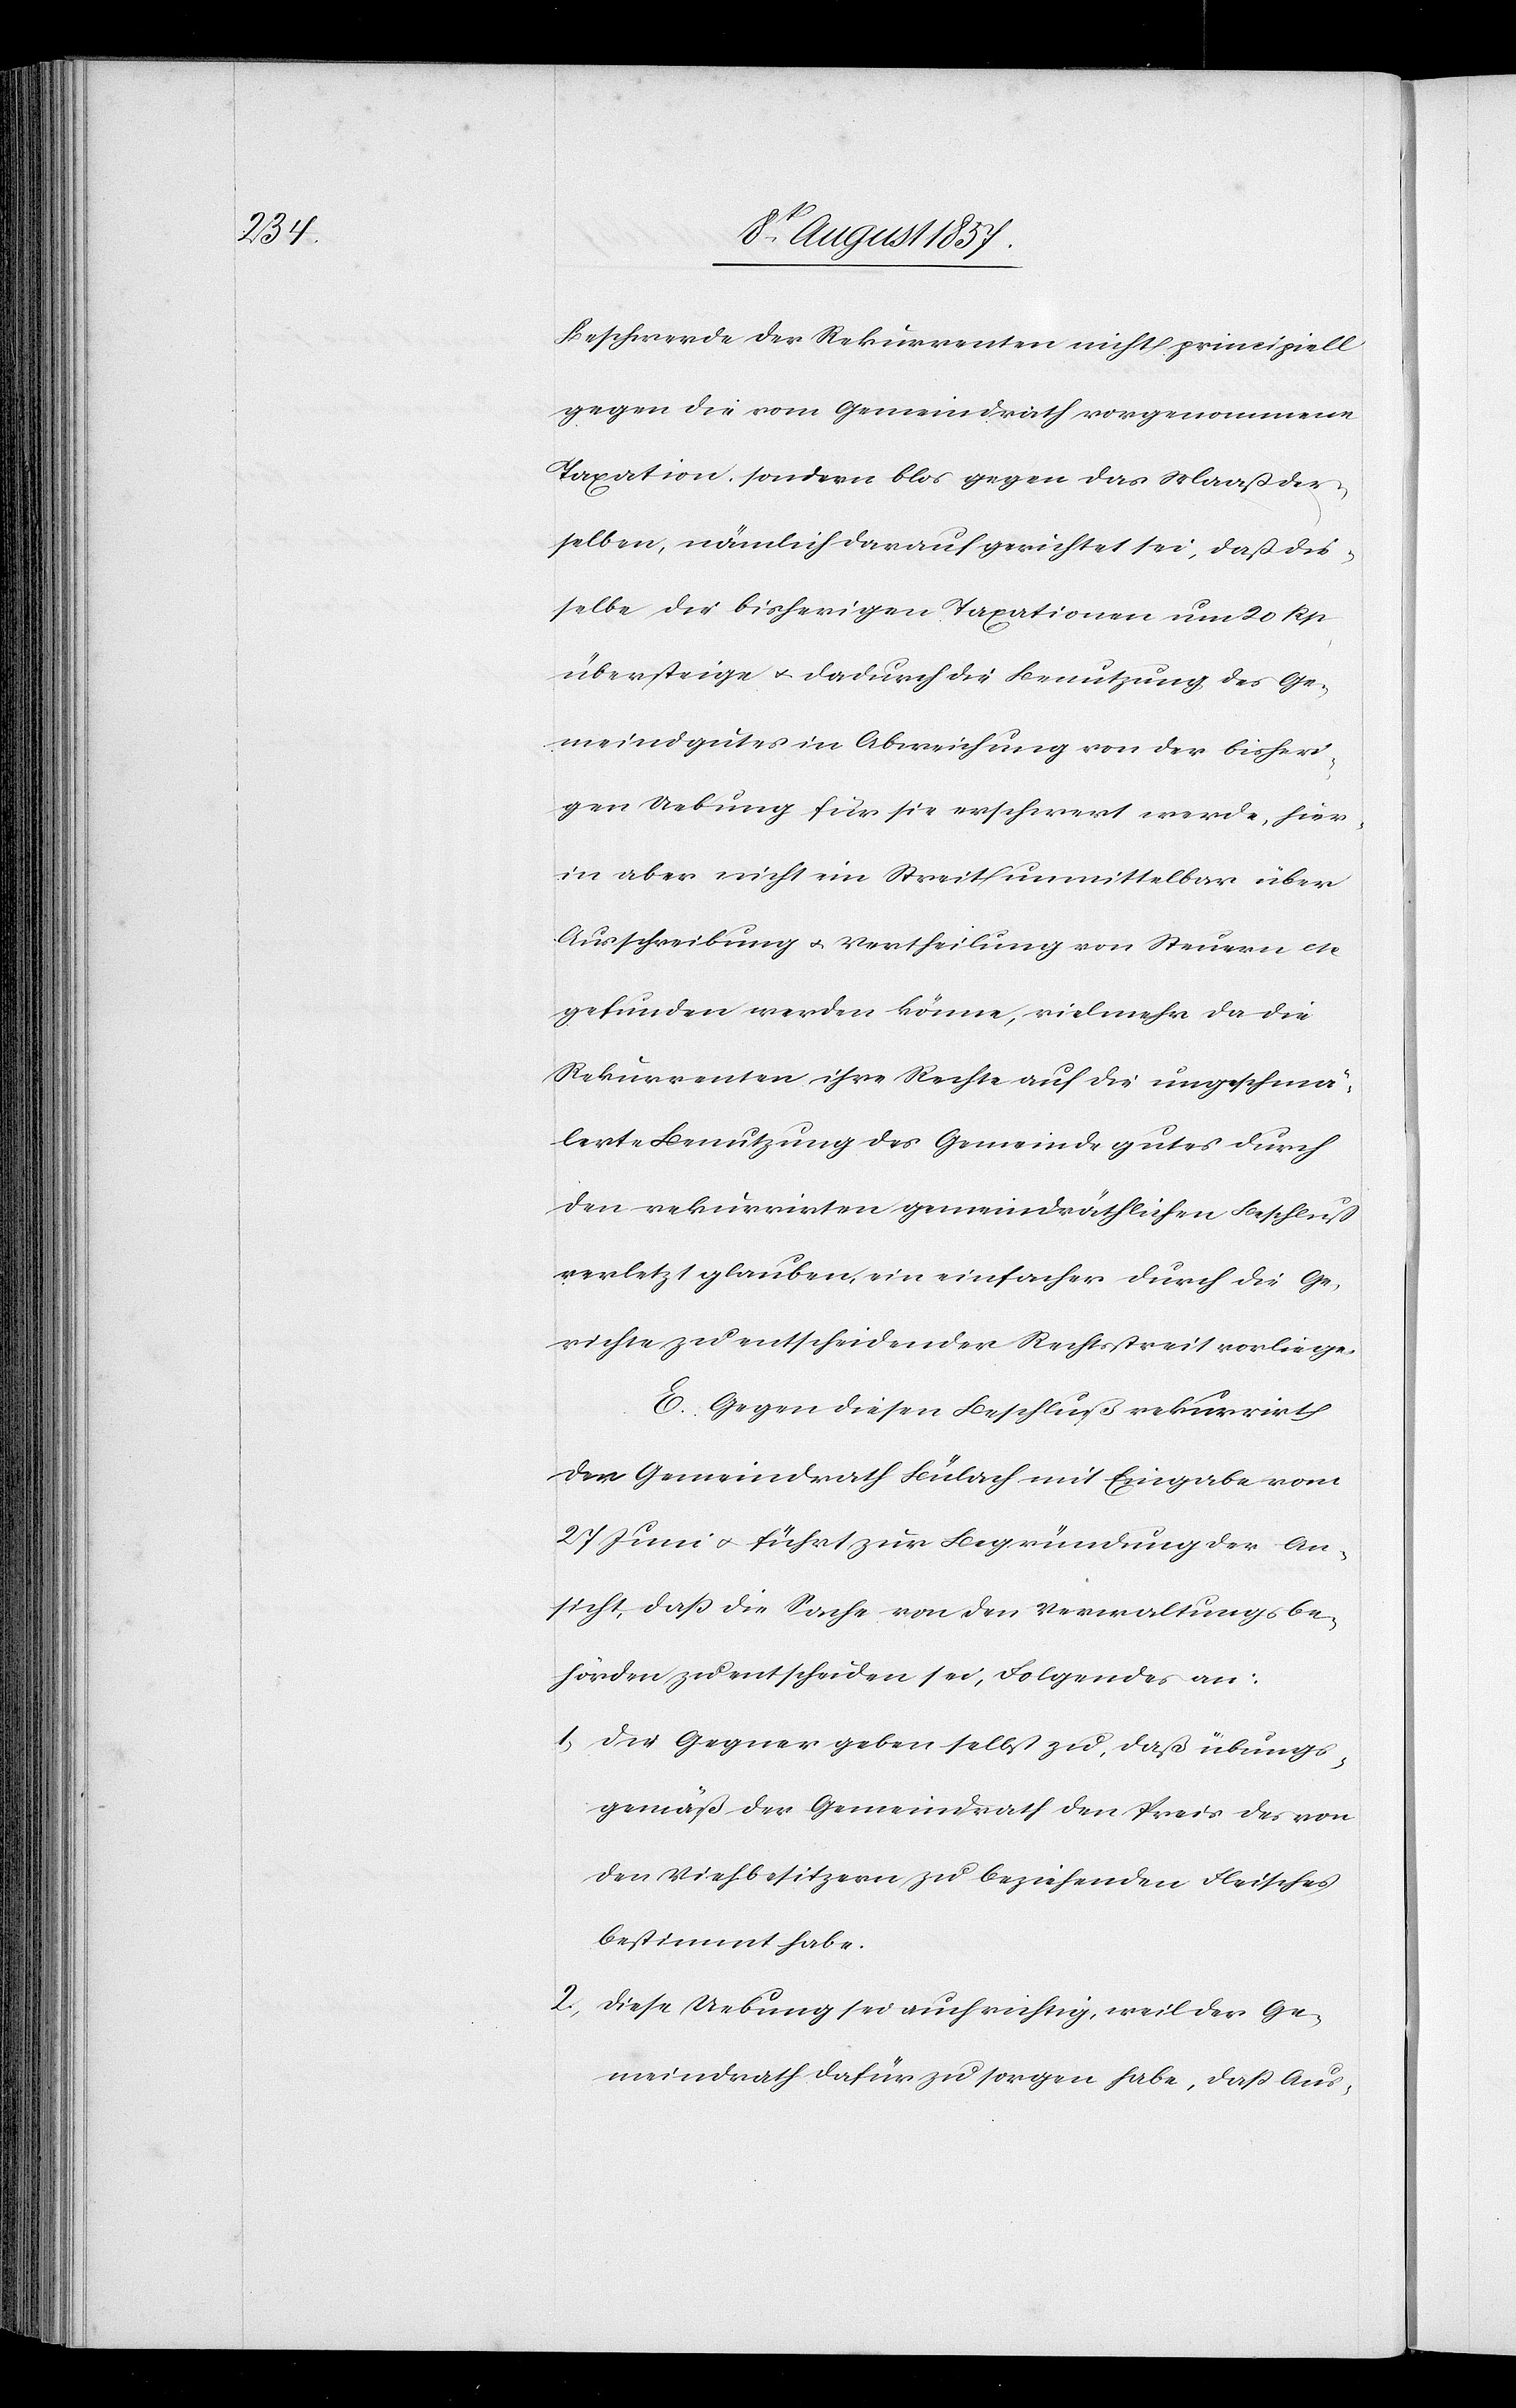
Beschwerde der Rekurrenten nicht principiell
gegen die vom Gemeindrath vorgenommene
Taxation, sondern blos gegen das Maaß der¬
selben, nämlich darauf gerichtet sei, daß die¬
selbe die bisherigen Taxationen um 20 Rp.
übersteige & dadurch die Benutzung des Ge¬
meindgutes in Abweichung von der bisheri¬
gen Uebung für sie erschwert werde, hier¬
in aber nicht ein Streit unmittelbar über
Ausschreibung & Vertheilung von Steuern etc.
gefunden werden könne, vielmehr da die
Rekurrenten ihre Rechte auf die ungeschmä¬
lerte Benutzung des Gemeindegutes durch
den rekurrirten gemeindräthlichen Beschluß
verletzt glauben, ein einfacher durch die Ge¬
richte zu entscheidender Rechtsstreit vorliege.
E. Gegen diesen Beschluß rekurrirt
der Gemeindrath Bülach mit Eingabe vom
27 Juni & führt zur Begründung der An¬
sicht, daß die Sache von den Verwaltungsbe¬
hörden zu entscheiden sei, Folgendes an:
1, Die Gegner geben selbst zu, daß übungs¬
gemäß der Gemeindrath den Preis des von
den Viehbesitzern zu beziehenden Fleisches
bestimmt habe.
2, Diese Uebung sei auch richtig, weil der Ge¬
meindrath dafür zu sorgen habe, daß Aus-